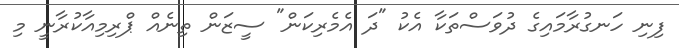
ފިނި ހަނގުރާމައިގެ ދުވަސްތަކާ އެކު "ދަ އެމެރިކަން" ސީޒަން ތިނެއް ޕްރިމިއާކުރާނީ މި